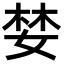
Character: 婪